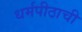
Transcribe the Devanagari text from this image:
धर्मपीठाची